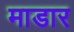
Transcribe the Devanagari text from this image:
माडार